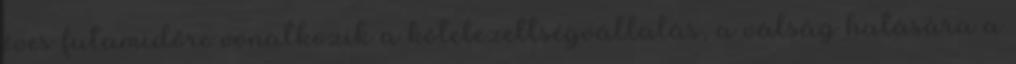
éves futamidőre vonatkozik a kötelezettségvállalás, a válság hatására a